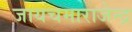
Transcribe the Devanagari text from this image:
जायचमाराजेन्द्र